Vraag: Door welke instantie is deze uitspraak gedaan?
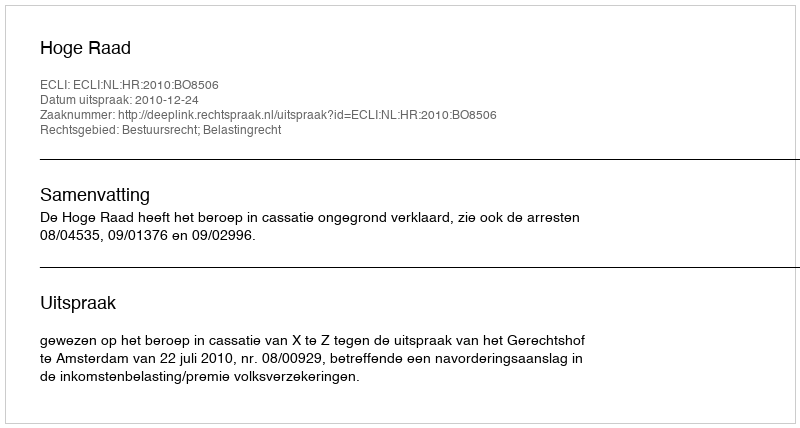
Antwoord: Hoge Raad